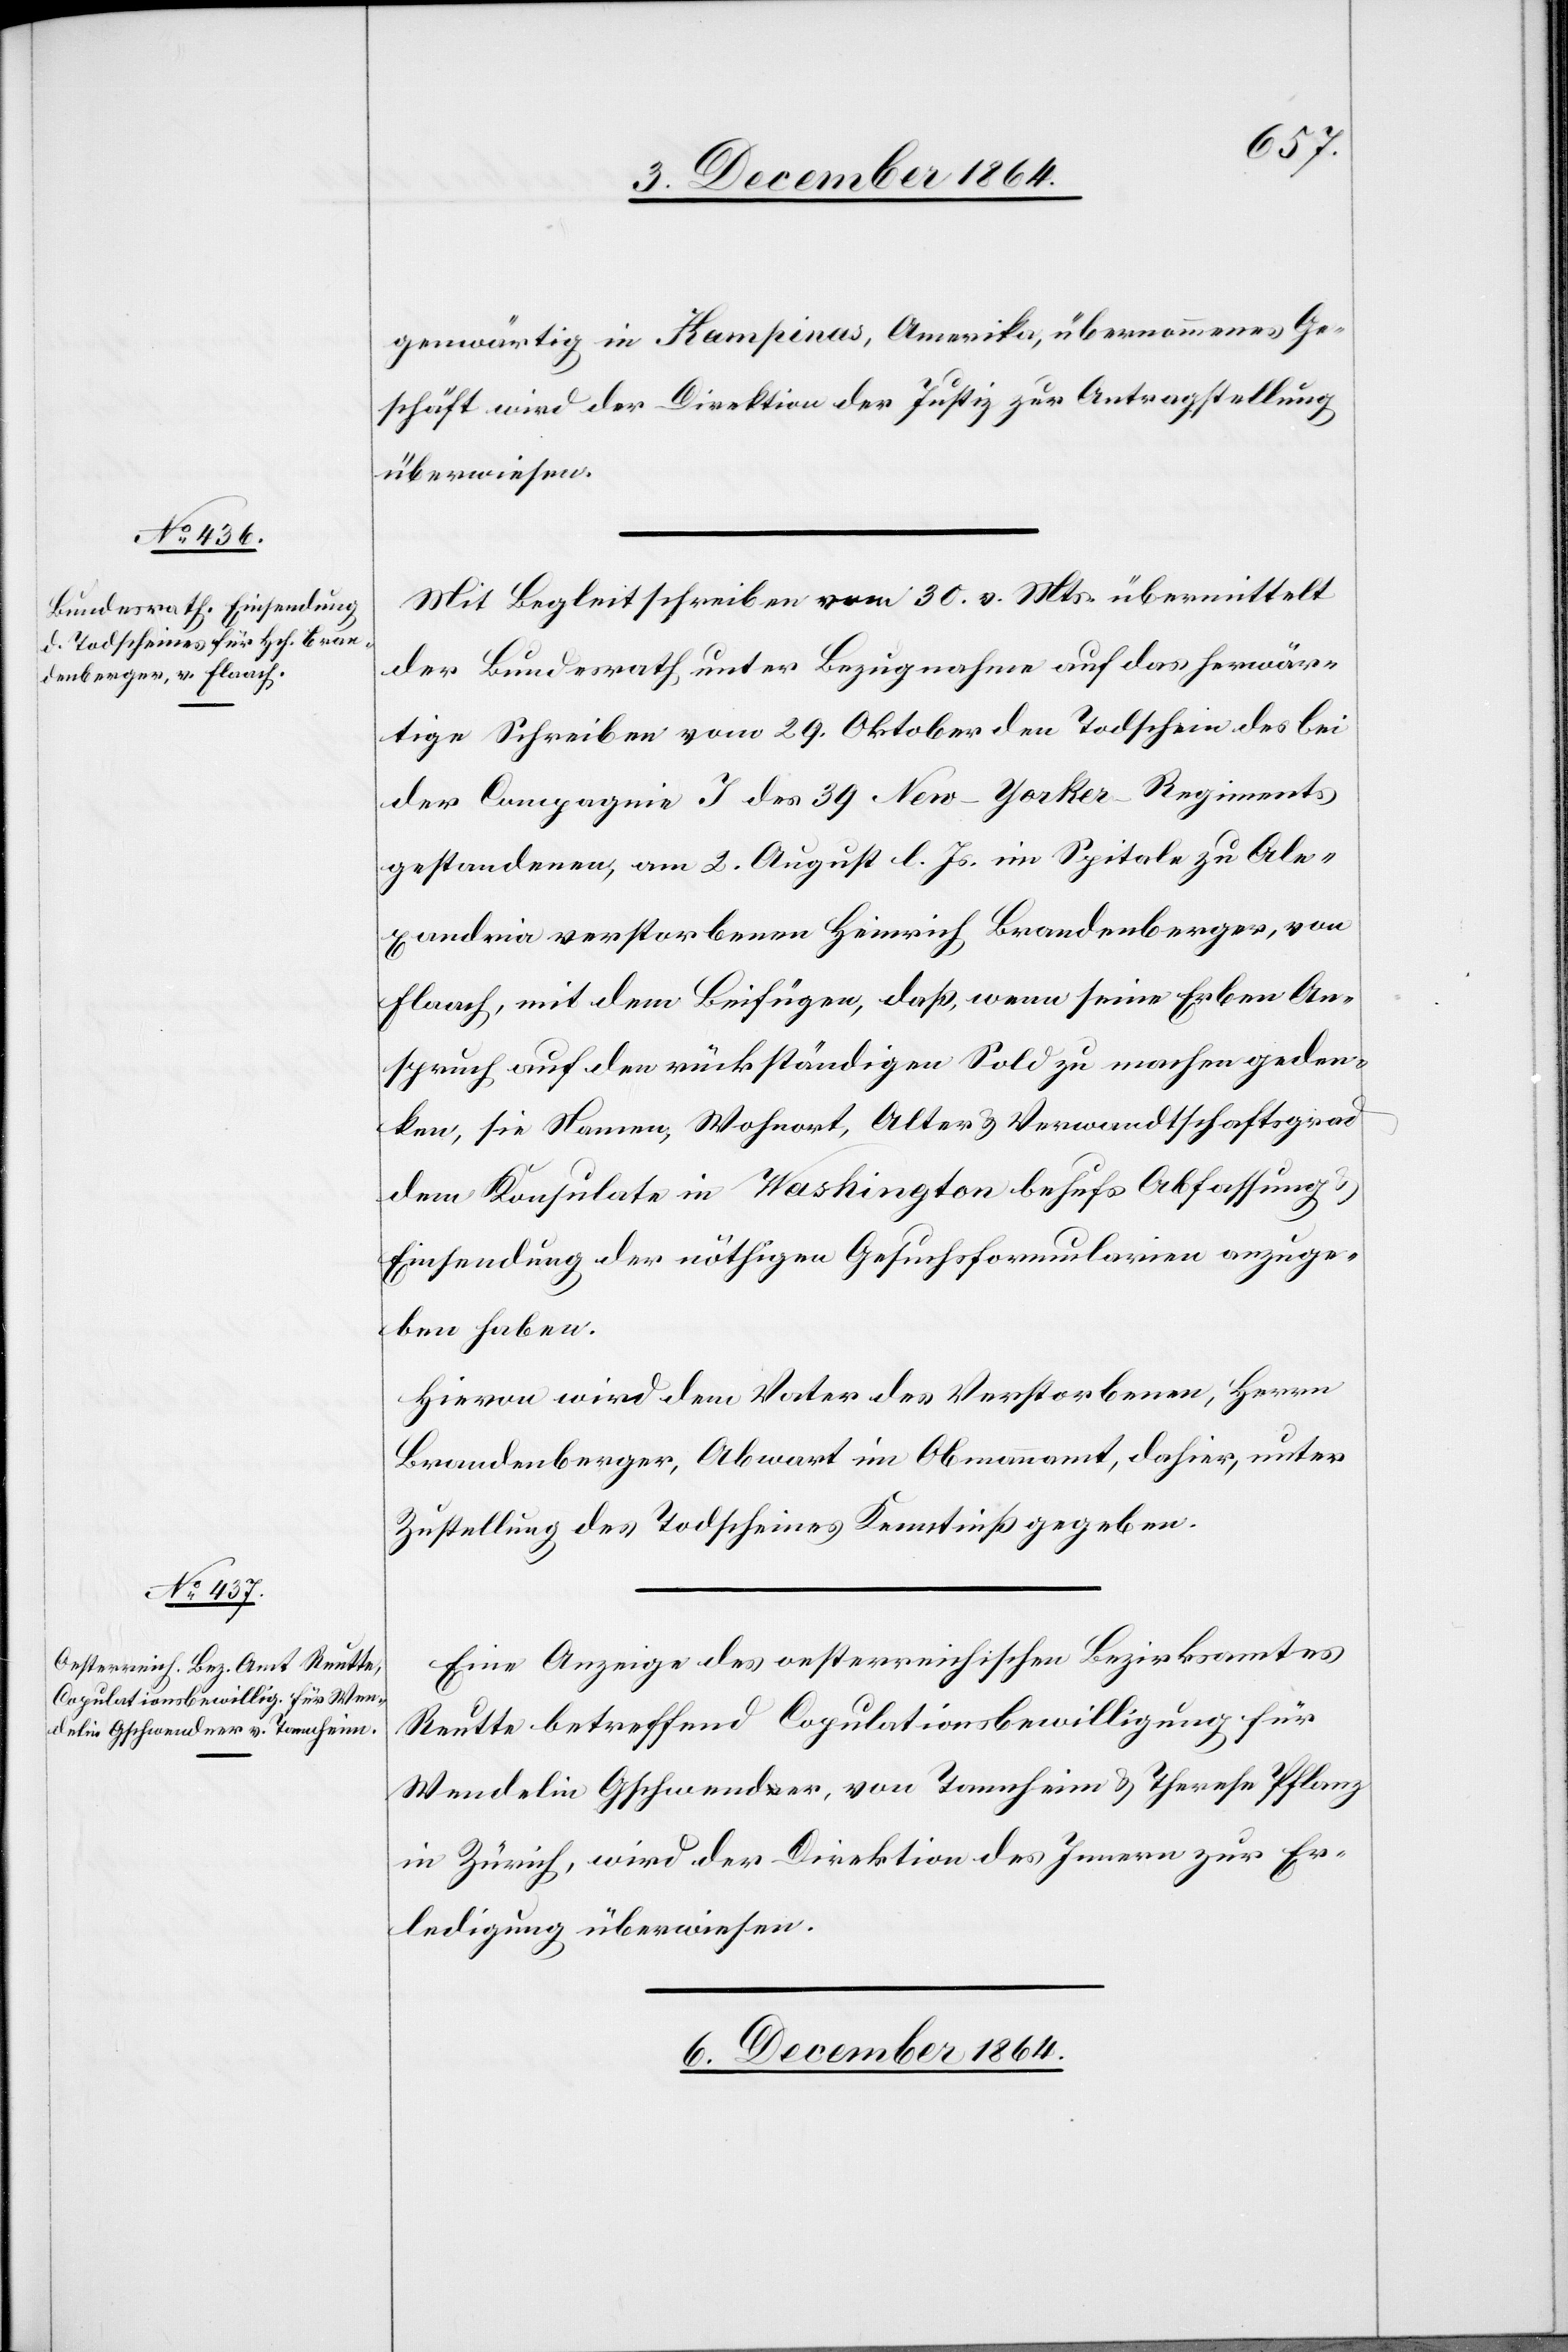
5. December 1864.]
gegenwärtig in Kampinas, Amerika, übernommenes Ge¬
schäft wird der Direktion der Justiz zur Antragstellung
überwiesen.
Mit Begleitschreiben vom 30. v. Mts. übermittelt
der Bundesrath unter Bezugnahme auf das herwär¬
tige Schreiben vom 29. Oktober den Todtschein des bei
der Compagnie J des 39 New-Yorker-Regiments
gestandenen, am 2. August l. Js. im Spitale zu Ale¬
xandria verstorbenen Heinrich Brandenberger, von
Flaach, mit dem Beifügen, daß, wenn seine Erben An¬
spruch auf den rückständigen Sold zu machen geden¬
ken, sie Namen, Wohnort, Alter & Verwandtschaftsgrad
dem Konsulate in Washington behufs Abfassung
Einsendung der nöthigen Gesuchsformularien anzuge¬
ben haben.
Hievon wird dem Vater des Verstorbenen, Herrn
Brandenberger, Abwart im Obmannamt, dahier, unter
Zustellung des Todscheines Kenntniß gegeben.
Eine Anzeige des oesterreichischen Bezirksamtes
Reutte betreffend Copulationsbewilligung für
Wendelin Gschwender [sic!] von Tannheim & Therese Pflanz
von Zürich, wird der Direktion des Innern zur Er¬
ledigung überwiesen.
6. December 1864.